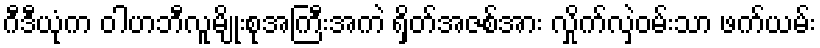
ဂီဒီယုံက ဝါဟဘီလူမျိုးစုအကြီးအကဲ ရှိတ်အဇစ်အား လှိုက်လှဲဝမ်းသာ ဖက်ယမ်း